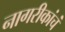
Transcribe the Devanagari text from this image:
नागरीकांचं